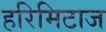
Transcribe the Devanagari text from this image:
हरिमिटाज